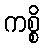
ကစ္စိ